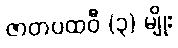
ဇာတပထဝီ (၃) မျိုး